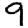
Digit: 9